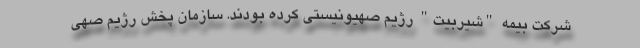
شرکت بیمه "شیربیت" رژیم صهیونیستی کرده بودند. سازمان پخش رژیم صهی